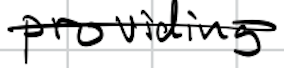
Text: providing
Cross-out: single-line
Writing tool: digital_black